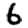
Digit: 6